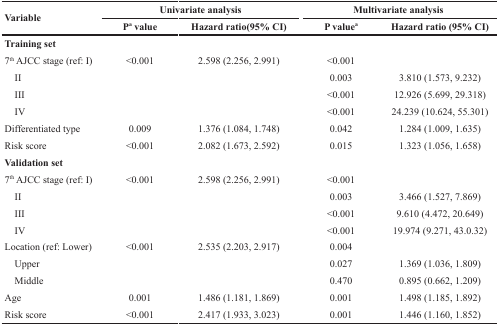
<table><thead><tr><td rowspan="2"><b>Variable</b></td><td colspan="2"><b>Univariate analysis</b></td><td colspan="2"><b>Multivariate analysis</b></td></tr><tr><td><b>P<sup>a</sup> value</b></td><td><b>Hazard ratio(95% CI)</b></td><td><b>P value<sup>a</sup></b></td><td><b>Hazard ratio (95% CI)</b></td></tr></thead><tbody><tr><td><b>Training set</b></td><td></td><td></td><td></td><td></td></tr><tr><td>7<sup>th</sup> AJCC stage (ref: I)</td><td>&lt;0.001</td><td>2.598 (2.256, 2.991)</td><td>&lt;0.001</td><td></td></tr><tr><td> II</td><td></td><td></td><td>0.003</td><td>3.810 (1.573, 9.232)</td></tr><tr><td> III</td><td></td><td></td><td>&lt;0.001</td><td>12.926 (5.699, 29.318)</td></tr><tr><td> IV</td><td></td><td></td><td>&lt;0.001</td><td>24.239 (10.624, 55.301)</td></tr><tr><td>Differentiated type</td><td>0.009</td><td>1.376 (1.084, 1.748)</td><td>0.042</td><td>1.284 (1.009, 1.635)</td></tr><tr><td>Risk score</td><td>&lt;0.001</td><td>2.082 (1.673, 2.592)</td><td>0.015</td><td>1.323 (1.056, 1.658)</td></tr><tr><td><b>Validation set</b></td><td></td><td></td><td></td><td></td></tr><tr><td>7<sup>th</sup> AJCC stage (ref: I)</td><td>&lt;0.001</td><td>2.598 (2.256, 2.991)</td><td>&lt;0.001</td><td></td></tr><tr><td> II</td><td></td><td></td><td>0.003</td><td>3.466 (1.527, 7.869)</td></tr><tr><td> III</td><td></td><td></td><td>&lt;0.001</td><td>9.610 (4.472, 20.649)</td></tr><tr><td> IV</td><td></td><td></td><td>&lt;0.001</td><td>19.974 (9.271, 43.0.32)</td></tr><tr><td>Location (ref: Lower)</td><td>&lt;0.001</td><td>2.535 (2.203, 2.917)</td><td>0.004</td><td></td></tr><tr><td> Upper</td><td></td><td></td><td>0.027</td><td>1.369 (1.036, 1.809)</td></tr><tr><td> Middle</td><td></td><td></td><td>0.470</td><td>0.895 (0.662, 1.209)</td></tr><tr><td>Age</td><td>0.001</td><td>1.486 (1.181, 1.869)</td><td>0.001</td><td>1.498 (1.185, 1.892)</td></tr><tr><td>Risk score</td><td>&lt;0.001</td><td>2.417 (1.933, 3.023)</td><td>0.001</td><td>1.446 (1.160, 1.852)</td></tr></tbody></table>